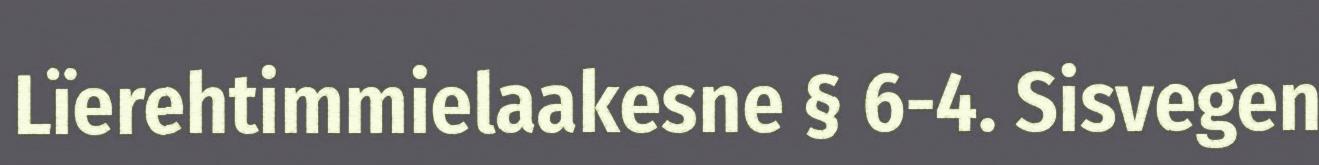
Lïerehtimmielaakesne § 6-4. Sisvegen